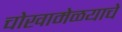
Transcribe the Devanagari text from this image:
चोखामेळयाचे